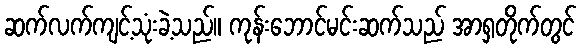
ဆက်လက်ကျင့်သုံးခဲ့သည်။ ကုန်းဘောင်မင်းဆက်သည် အာရှတိုက်တွင်